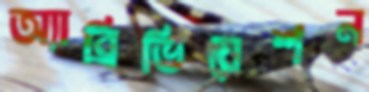
অ্যাব্রিভিয়েশন